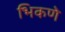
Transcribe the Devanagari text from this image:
भिकणे